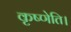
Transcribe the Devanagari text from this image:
कृष्णेति।